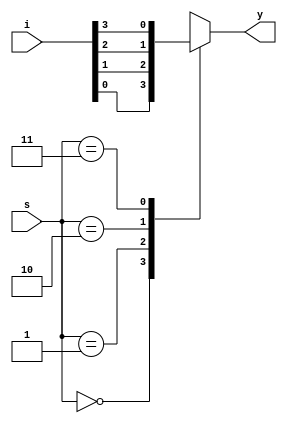
`timescale 1ns / 1ps
//////////////////////////////////////////////////////////////////////////////////
// Company: 
// Engineer: 
// 
// Design Name: 
// Module Name: mux_4x1
// Project Name: 
// Target Devices: 
// Tool Versions: 
// Description: 
// 
// Dependencies: 
// 
// Revision:
// Revision 0.01 - File Created
// Additional Comments:
// 
//////////////////////////////////////////////////////////////////////////////////


module mux_4x1(i,s,y);

input [3:0]i;
input [1:0]s;
output reg y;

always @(*)
begin
    case(s)
        
        2'b00 : y = i[0];
        2'b01 : y = i[1];
        2'b10 : y = i[2];
        2'b11 : y = i[3];
        default : begin end
        
    endcase
end

endmodule